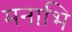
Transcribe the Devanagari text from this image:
मनाभि